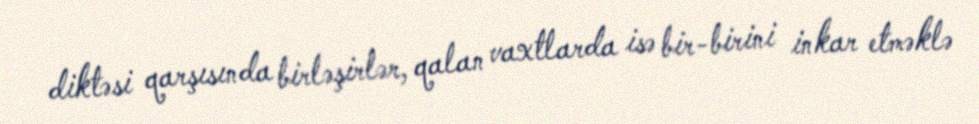
diktəsi qarşısında birləşirlər, qalan vaxtlarda isə bir-birini inkar etməklə